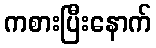
ကစားပြီးနောက်